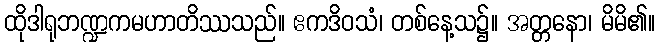
ထိုဒါရုဘဏ္ဍကမဟာတိဿသည်။ ဧကဒိဝသံ၊ တစ်နေ့သ၌။ အတ္တနော၊ မိမိ၏။